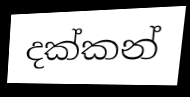
දක්කන්